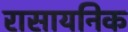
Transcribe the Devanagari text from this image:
रासायनिक